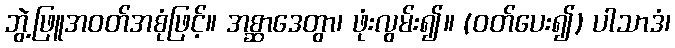
ဘွဲ့ဖြူအဝတ်အစုံဖြင့်။ အစ္ဆာဒေတွာ၊ ဖုံးလွမ်း၍။ (ဝတ်ပေး၍) ပါသာဒံ၊